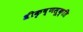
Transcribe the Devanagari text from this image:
श्रीकृष्णसूक्ति